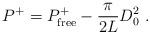
\begin{align*}P^+ = P^+_{\rm free} -{\pi\over 2L} D_0^2\; .\end{align*}